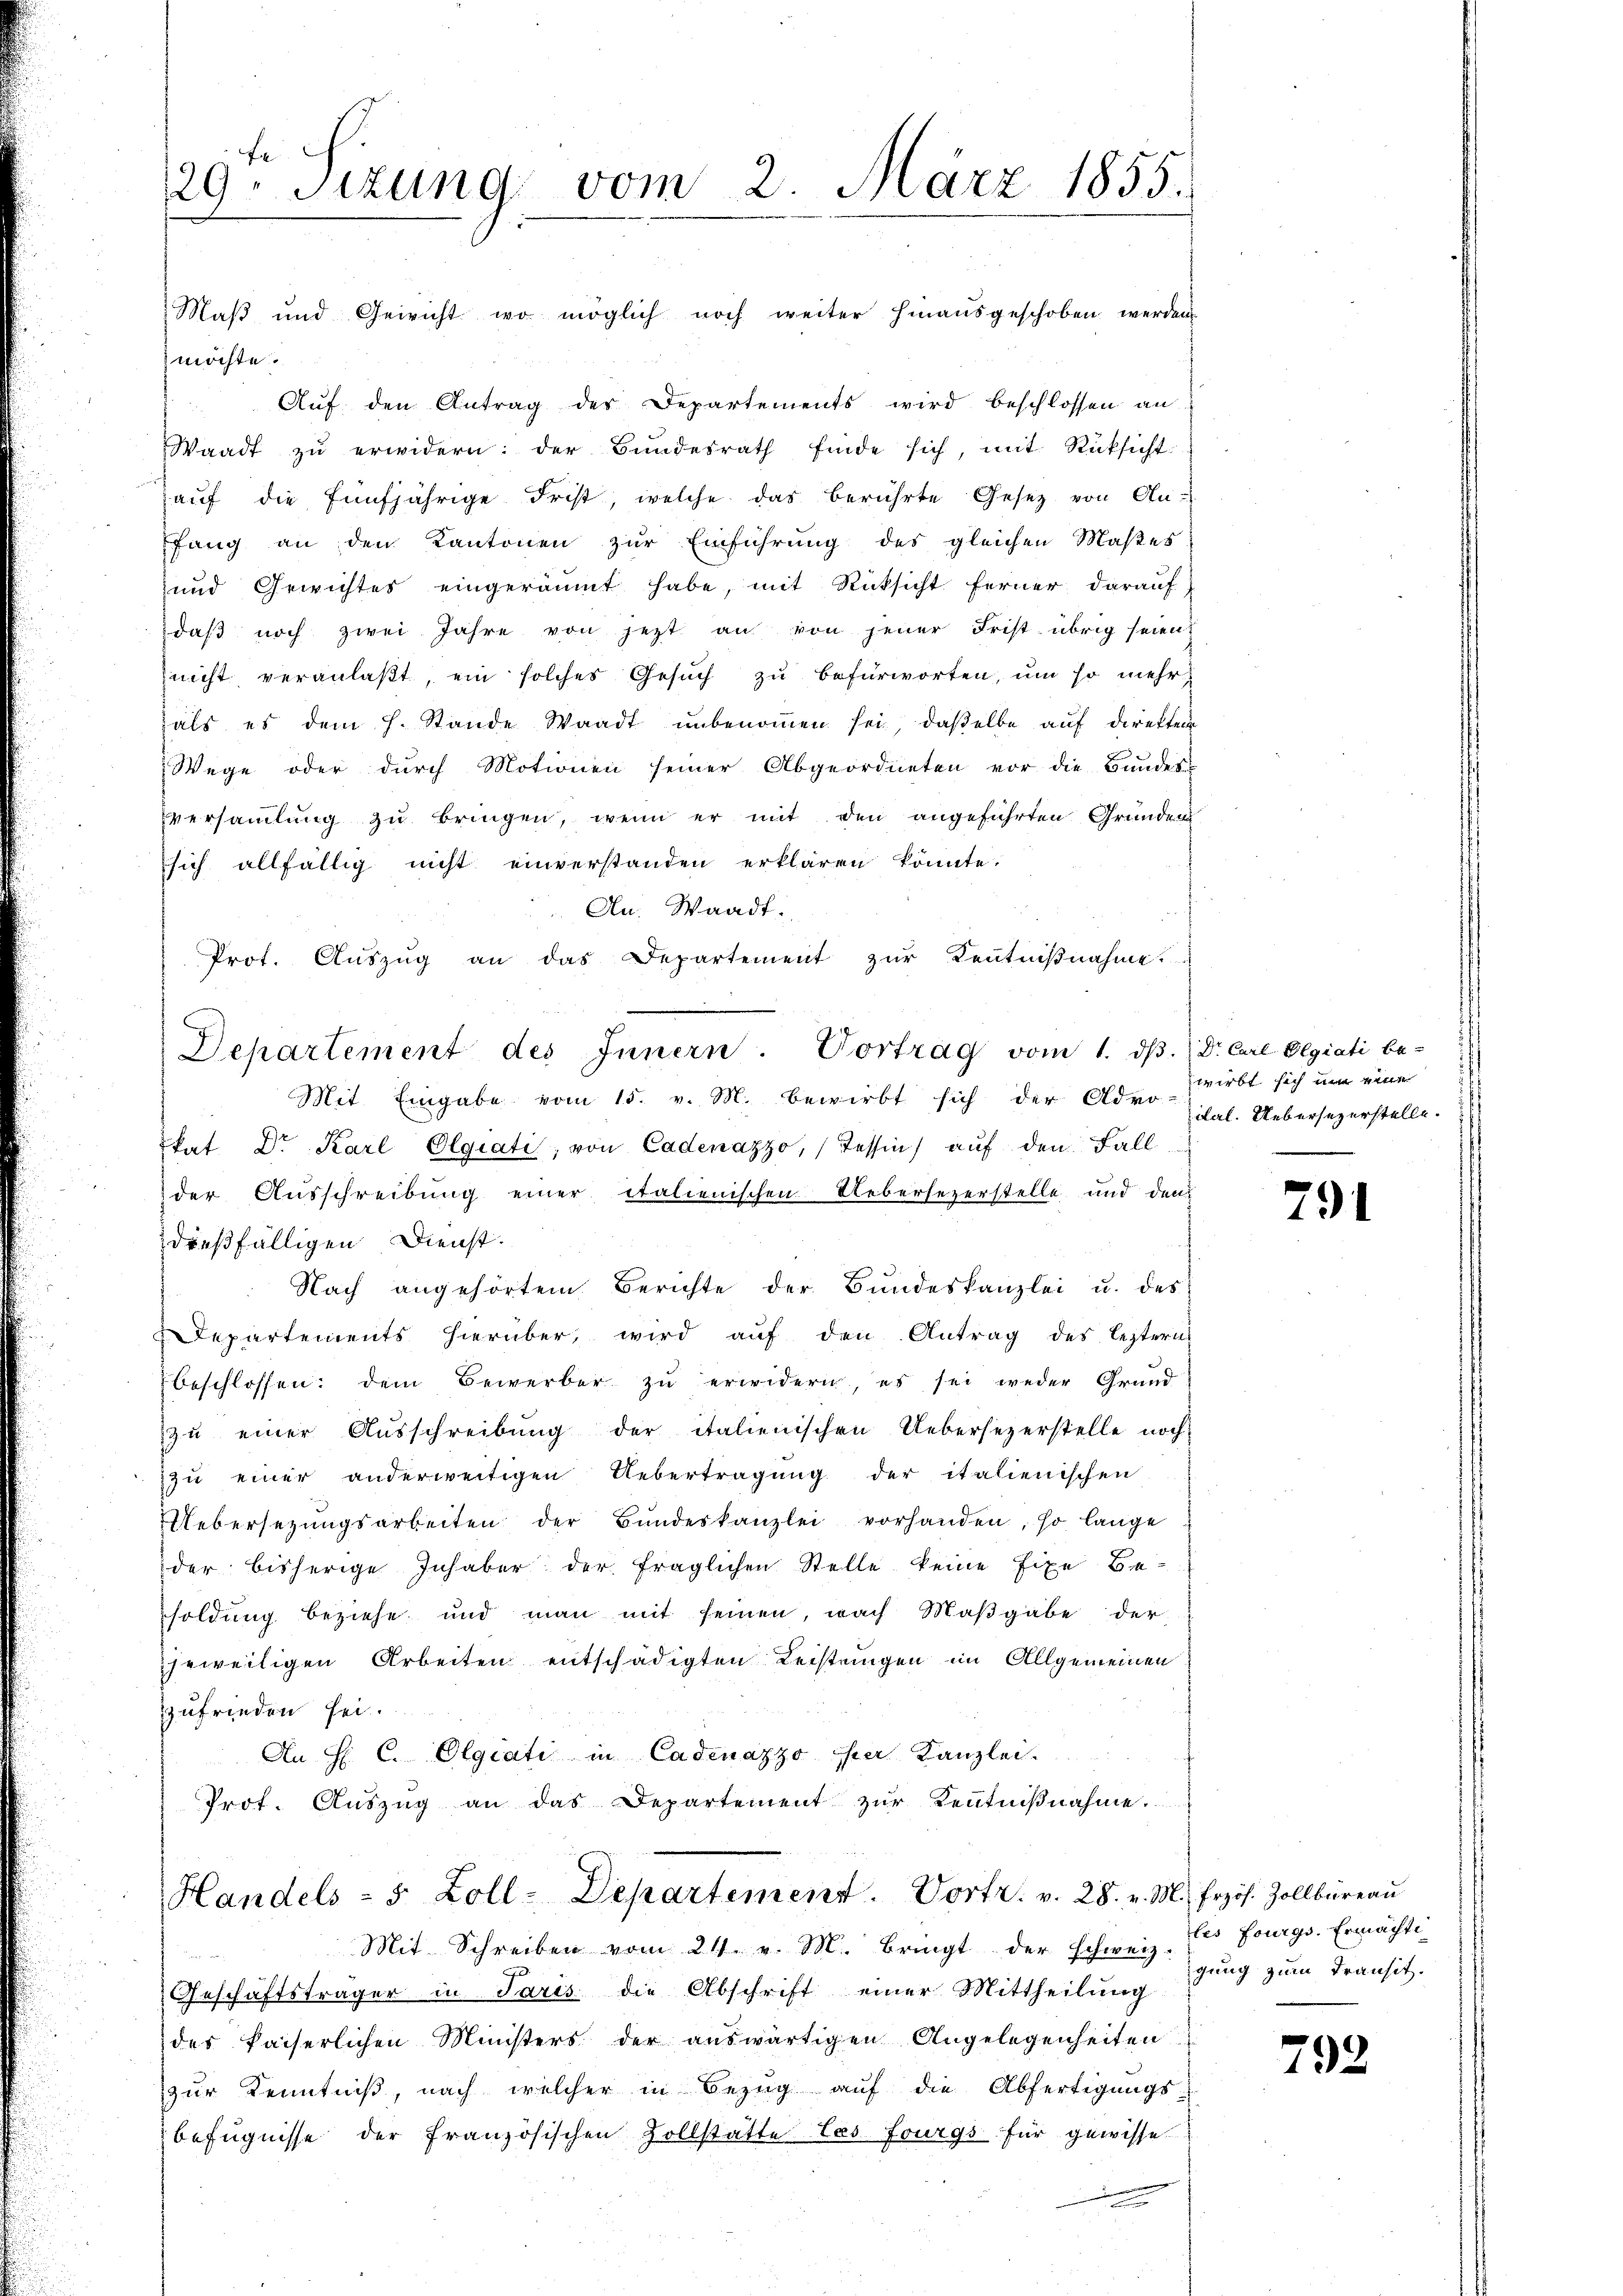
29. Sizung vom 2. März 1855.

möchte.
Auf den Antrag der Departements wird beschlossen an
Waadt zŭ erwidern: der Bundesrath finde sich, mit Rücksicht
aŭf die fünfjährige Frist, welche das berührte Gesetz von An-
fang an den Kantonen zur Einführung des gleichen Maßes
und Gewichtes eingeräumt habe, mit Rücksicht ferner darauf
daß noch zwei Jahre von jezt an von jener Frist übrig seien,
nicht veranlaßt, ein solches Gesuch zu befürworten, um so mehr
als es dem h. Stande Waadt unbenommen sei, daßelbe auf direkten
Wege oder durch Motionen seiner Abgeordneten vor die Bundes-
versammlung zu bringen, wenn er mit den angeführten Gründen
sich allfällig nicht einverstanden erklären könnte.
An. Waadt.
Prot. Aŭszŭg an das Departement zŭr Kenntniβnahme.

Departement des Innern. Vortrag vom 1. dβ

Maβ und Gewicht wo möglich noch weiter hinaŭsgeschoben werden

Mit Eingabe vom 15. v. M. bewirbt sich der Advo-
kat Dr. Karl Olgiati, von Cadenazzo, Tessin, auf den Fall
der Ausschreibung einer italienischen Uebersezerstelle und den
dießfälligen Dienst.
Nach angehörtem Berichte der Bundeskanzlei u. des
Departements hierüber, wird aŭf den Antrag des leztern
beschlossen: dem Bewerber zŭ erwidern es sei weder Grund
zŭ einer Aŭsschreibŭng der italienischen Uebersezerstelle noch
zŭ einer anderweitigen Uebertragŭng der italienischen
Uebersezungsarbeiten der Bundeskanzlei vorhanden, so lange
der bisherige Inhaber der fraglichen Stelle keine fixe Besoldung beziehe und man mit seinen, nach Maβgabe der
jeweiligen Arbeiten entschädigten Leistungen im Allgemeinen
zufrieden sei.
An H. C. Olgiati in Cadenazzo per Kanzlei
Prof. Auszug an das Departement zur Kenntnißnahme.

Handels- 5 Zoll-Departement. Vortr. v. 28. v. M. frzös. Zollbüreaŭ

Mit Schreiben vom 24. v. M. Bringt der schweiz. Ers Fourgs. Ermächti-
Geschäftsträger in Paris die Abschrift einer Mittheilung
des kaiserlichen Ministers der auswärtigen Angelegenheiten
zur Kenntniß, nach welcher in Bezug auf die Abfertigungsbefugnisse der französischen Zollstatte les Fourgs für gewisse
i

. Dr. Carl Elgiati be-
zwirbt sich um eine
dal. Uebersezerstelle.

791

gung zum Transit.

792